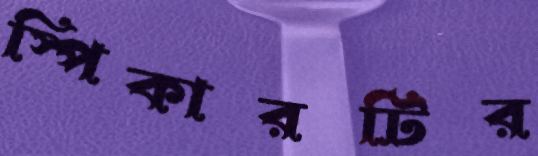
স্পিকারটির